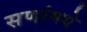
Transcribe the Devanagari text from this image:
सणांमधे